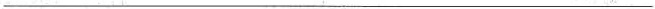
___